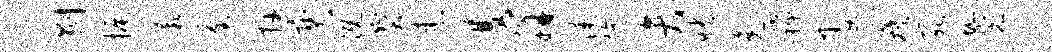
剥振蕨釜卉奕溉宝患双胼漆施弁怏兔稀娶蔟死圮完